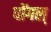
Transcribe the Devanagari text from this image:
पोंगल्